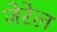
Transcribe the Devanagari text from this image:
जेरेल